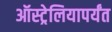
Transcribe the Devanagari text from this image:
ऑस्ट्रेलियापर्यंत